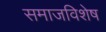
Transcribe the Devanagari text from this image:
समाजविशेष